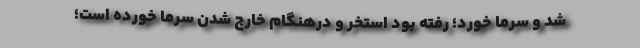
شد و سرما خورد؛ رفته بود استخر و درهنگام خارج شدن سرما خورده است؛